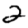
Digit: 2